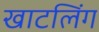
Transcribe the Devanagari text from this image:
खाटलिंग